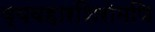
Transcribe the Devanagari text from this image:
व्यवहारशिरोमणि